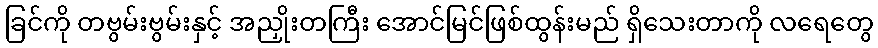
ခြင်ကို တဗွမ်းဗွမ်းနှင့် အညှိုးတကြီး အောင်မြင်ဖြစ်ထွန်းမည် ရှိသေးတာကို လရေတွေ